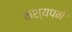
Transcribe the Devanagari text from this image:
कश्यपने